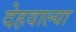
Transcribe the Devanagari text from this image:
देहवाल्या